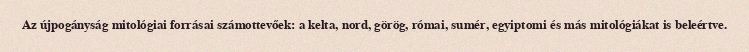
Az újpogányság mitológiai forrásai számottevőek: a kelta, nord, görög, római, sumér, egyiptomi és más mitológiákat is beleértve.